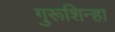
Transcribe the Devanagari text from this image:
गुरूशिन्हा